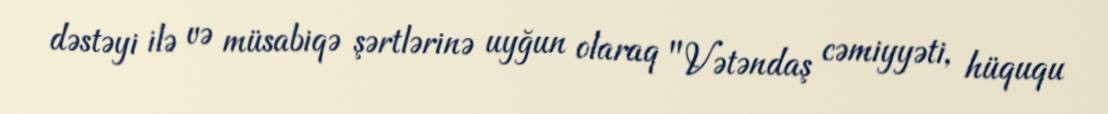
dəstəyi ilə və müsabiqə şərtlərinə uyğun olaraq "Vətəndaş cəmiyyəti, hüququ